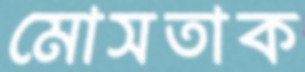
মোসতাক